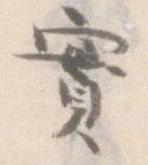
実